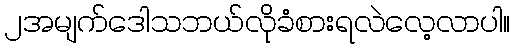
၂အမျက်ဒေါသဘယ်လိုခံစားရလဲလေ့လာပါ။